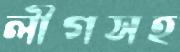
লীগসহ